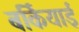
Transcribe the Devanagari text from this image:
बर्कियाई